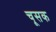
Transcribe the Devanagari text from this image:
चूसक